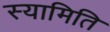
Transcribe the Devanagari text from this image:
स्यामिति